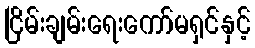
ငြိမ်းချမ်းရေးကော်မရှင်နှင့်